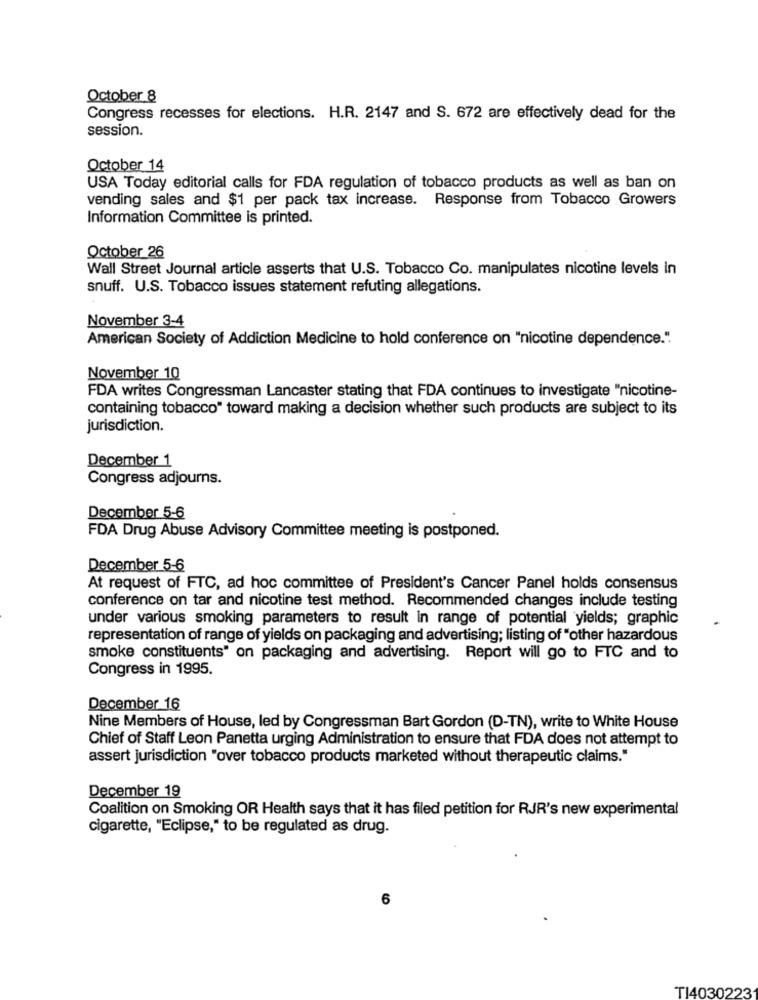
October 8
Congress recesses for elections. H.R. 2147 and S. 672 are effectively dead for the
session.
October 14
USA Today editorial calls for FDA regulation of tobacco products as well as ban on
vending sales and $1 per pack tax increase. Response from Tobacco Growers
Information Committee is printed.
October 26
Wall Street Journal article asserts that U.S. Tobacco Co. manipulates nicotine levels in
snuff. U.S. Tobacco issues statement refuting allegations.
November 3-4
American Society of Addiction Medicine to hold conference on "nicotine dependence.".
November 10
FDA writes Congressman Lancaster stating that FDA continues to investigate "nicotine-
containing tobacco" toward making a decision whether such products are subject to its
jurisdiction.
December 1
Congress adjourns.
December 5-6
FDA Drug Abuse Advisory Committee meeting is postponed.
December 5-6
At request of FTC, ad hoc committee of President's Cancer Panel holds consensus
conference on tar and nicotine test method. Recommended changes include testing
under various smoking parameters to result in range of potential yields; graphic
representation of range of yields on packaging and advertising; listing of "other hazardous
smoke constituents" on packaging and advertising. Report will go to FTC and to
Congress in 1995.
December 16
Nine Members of House, led by Congressman Bart Gordon (D-TN), write to White House
Chief of Staff Leon Panetta urging Administration to ensure that FDA does not attempt to
assert jurisdiction "over tobacco products marketed without therapeutic claims."
December 19
Coalition on Smoking OR Health says that it has filed petition for RJR's new experimental
cigarette, "Eclipse," to be regulated as drug.
6
TI4030223